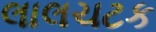
લાલચટક